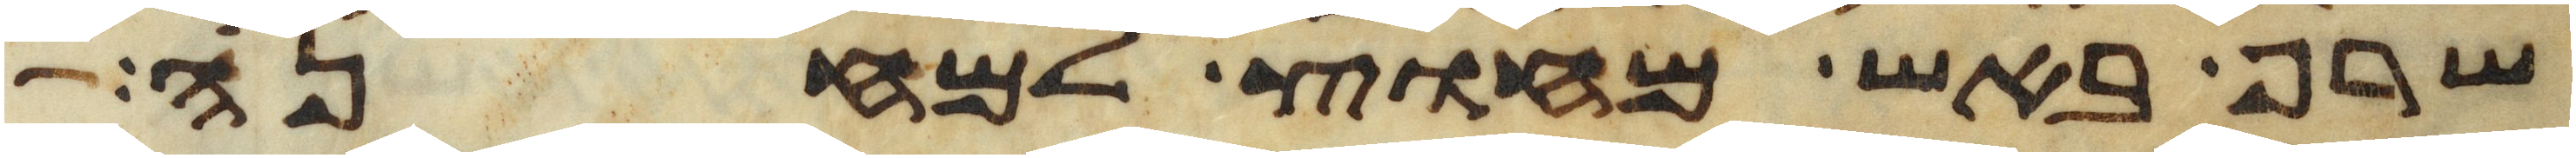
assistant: שרף באש מחוץ למחנה